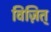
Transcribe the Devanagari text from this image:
विज़ित्